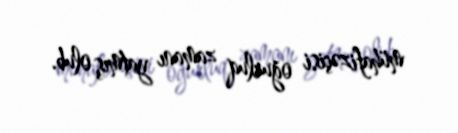
mühafizəçisi oğurluq zamanı yatmış olub.